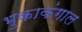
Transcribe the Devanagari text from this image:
भुकाकंगाल